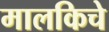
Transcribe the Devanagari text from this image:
मालकिचे